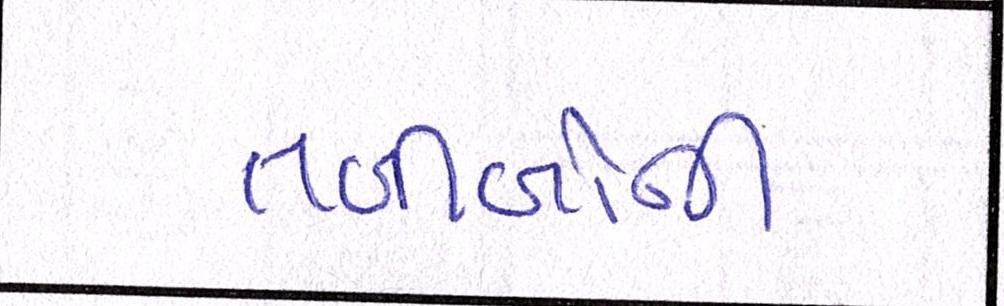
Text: તબીબોની